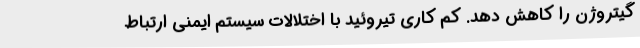
گیتروژن را کاهش دهد. کم کاری تیروئید با اختلالات سیستم ایمنی ارتباط